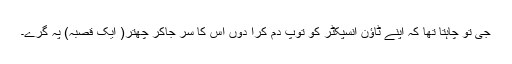
جی تو چاہتا تھا کہ اپنے ٹاﺅن انسپکٹر کو توپ دم کرا دوں اس کا سر جاکر چھتّر( ایک قصبہ) پہ گرے۔